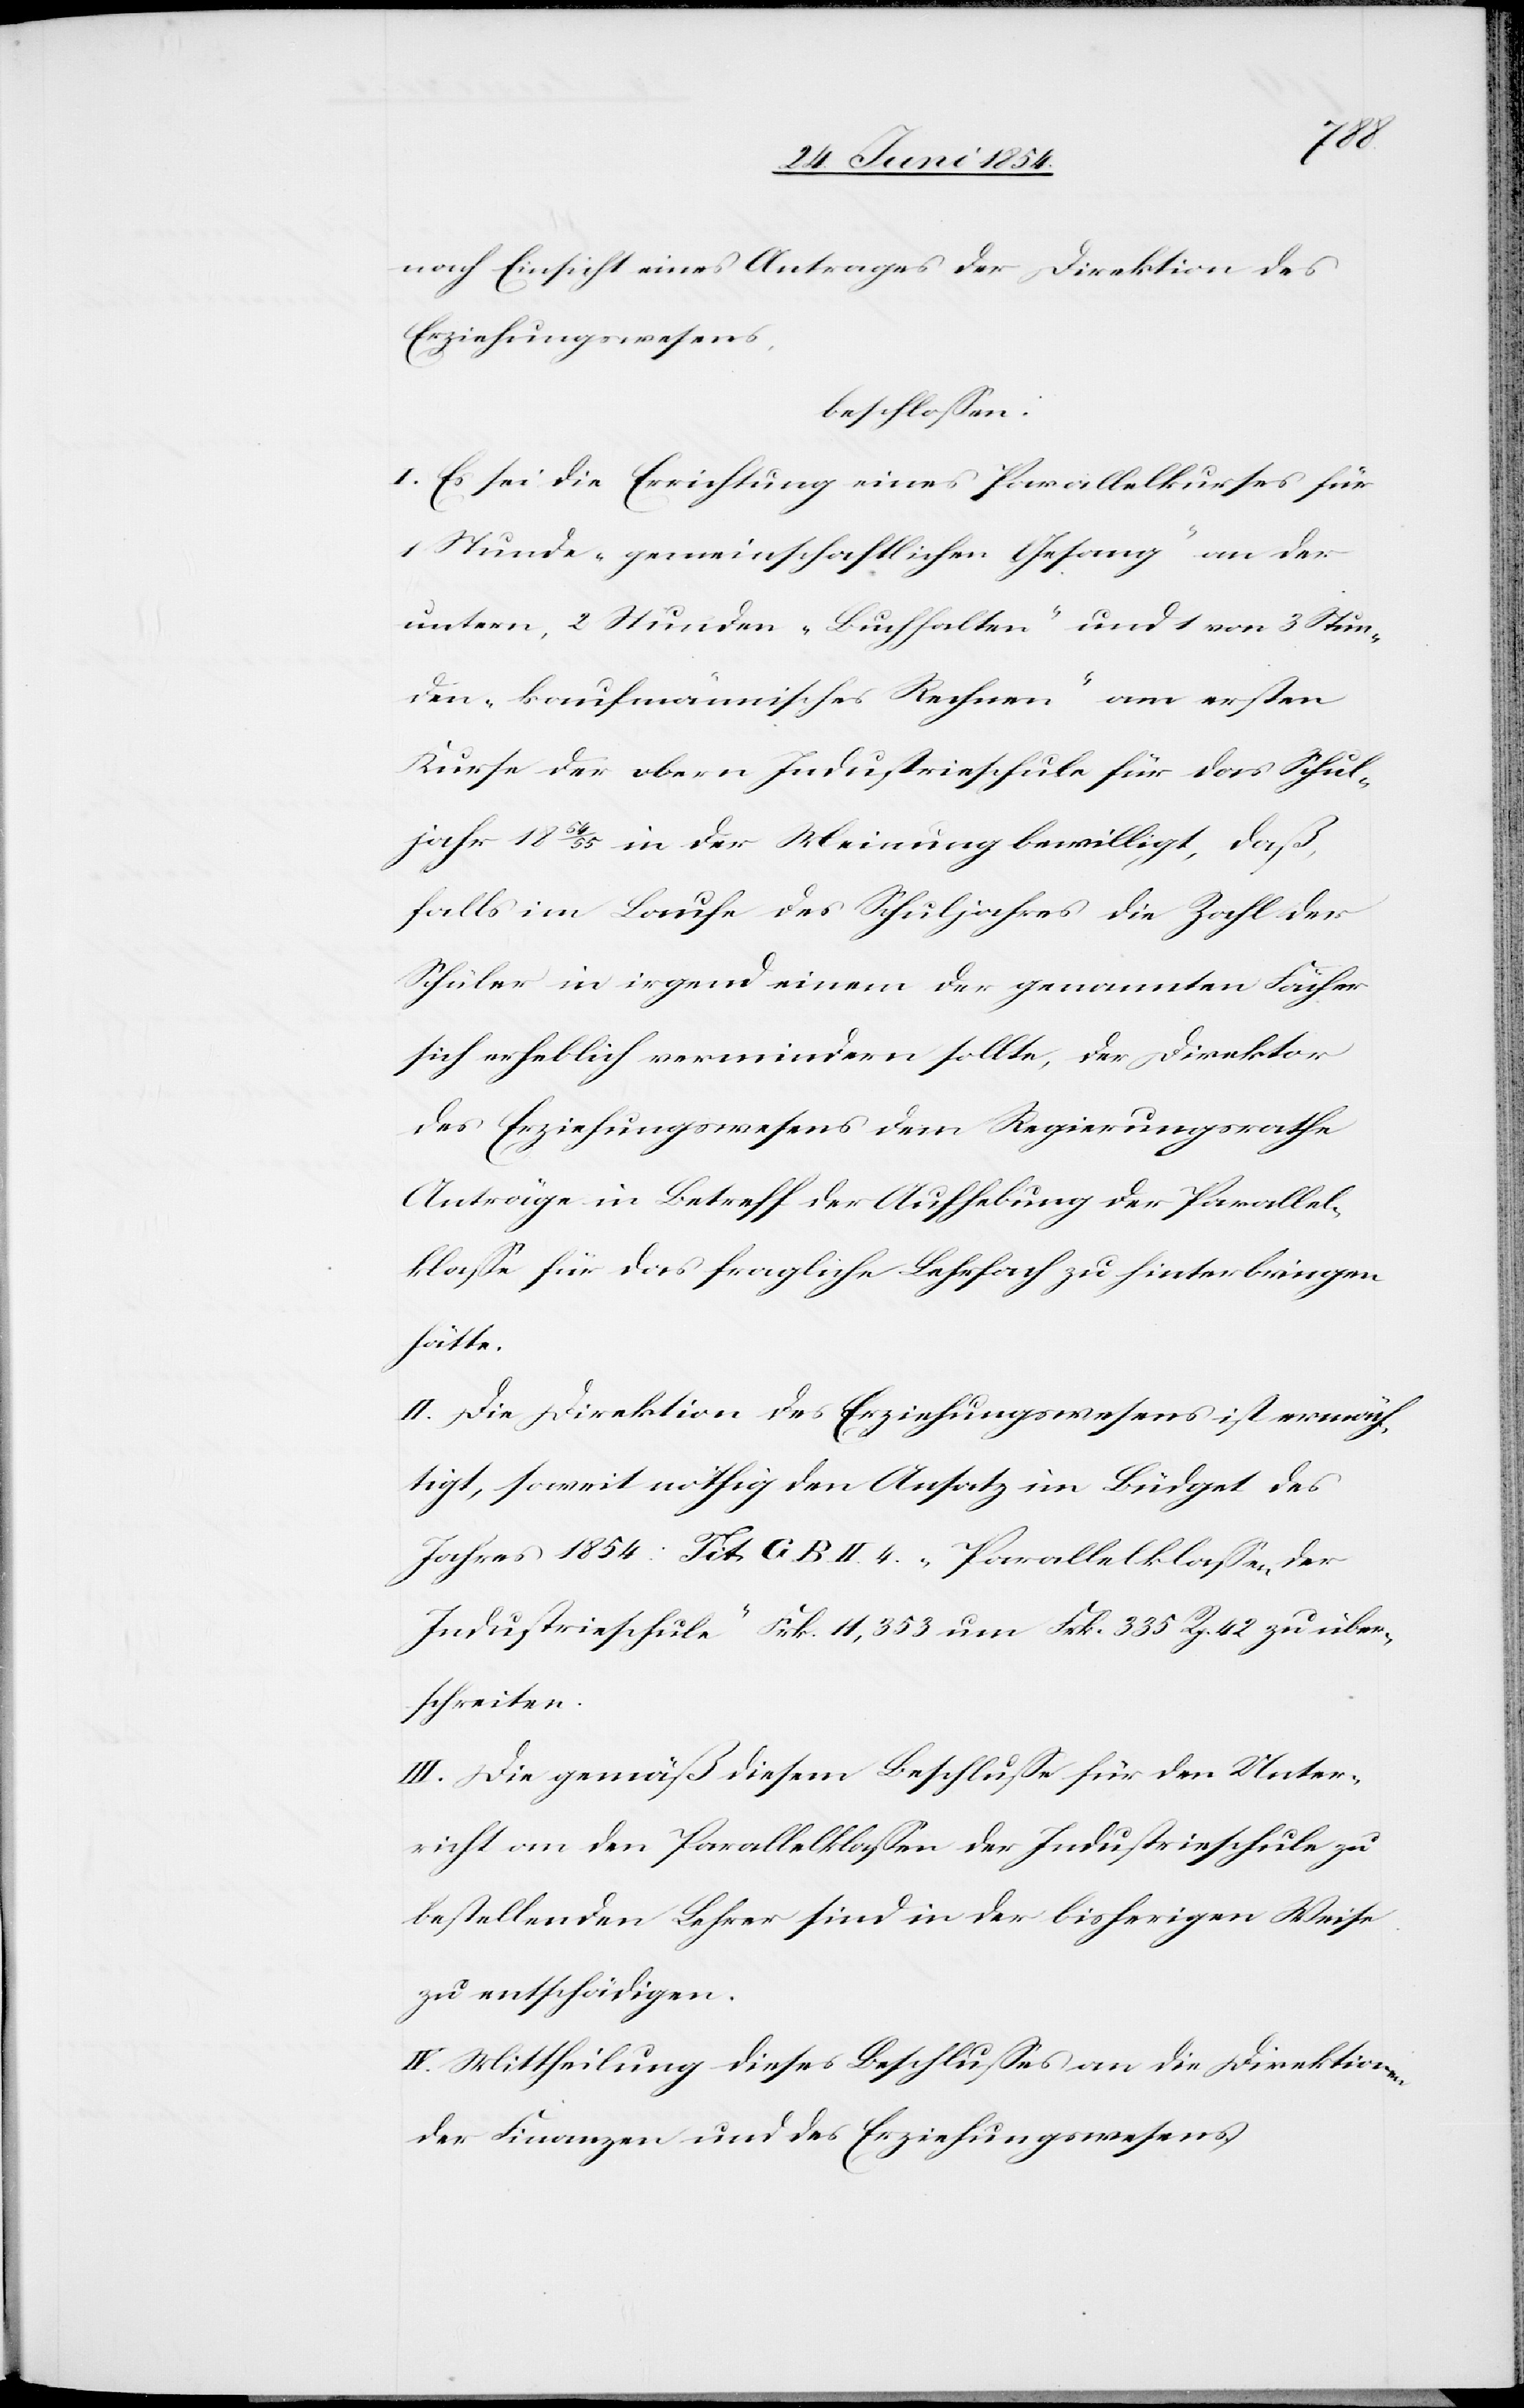
nach Einsicht eines Antrages der Direktion des
Erziehungswesens,
beschloßen:
I. Es sei die Errichtung eines Parallelkurses für
1 Stunde „gemeinschaftlichen Gesang“ an der
untern, 2 Stunden „Buchhalten“ und 1 von 3 Stun¬
den „kaufmännisches Rechnen“ am ersten
Kurse der obern Industrieschule für das Schul¬
jahr 1854/55 in der Meinung bewilligt, daß,
falls im Laufe des Schuljahres die Zahl der
Schüler in irgend einem der genannten Fächer
sich erheblich vermindern sollte, der Direktor
des Erziehungswesens dem Regierungsrathe
Anträge in Betreff der Aufhebung der Parallel¬
klaße für das fragliche Lehrfach zu hinterbringen
hätte.
II. Die Direktion des Erziehungswesens ist ermäch¬
tigt, soweit nöthig den Ansatz im Büdget des
Jahres 1854: Tit. G. B. II. R. „Parallelklaßen der
Industrieschule“ Frk. 11,353 um Frk. 335 Rp. 42 zu über¬
schreiten.
III. Die gemäß diesem Beschluße für den Unter¬
richt an den Parallelklaßen der Industrieschule zu
bestellenden Lehrer sind in der bisherigen Weise
zu entschädigen.
IV. Mittheilung dieses Beschlußes an die Direktionen
der Finanzen und des Erziehungswesens.